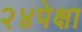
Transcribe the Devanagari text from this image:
२४पेक्षा